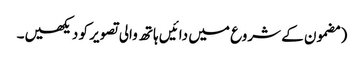
‏ (‏مضمون کے شروع میں دائیں ہاتھ والی تصویر کو دیکھیں۔